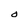
Character: 0